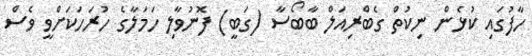
ހާފުގައި ކުޅެން ނިކުތް ގެބްރިއަލް ބާބޯސާ (ގަބީ) ފޮނުވާލި ހަމަލާގެ ހުރަހަކަށްވީ ވެސް